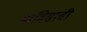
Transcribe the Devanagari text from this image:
बाविसावी